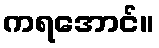
ကရအောင်။